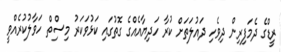
ރީޑްގެ ދެމަފިރިން ދިވެހި ދައުލަތަށް ކުރާ ހަދިޔާއެއްގެ ގޮތުގައި ކަޅުވަކަރު މިސްިތް ހަވާލުކުރެއްވީ